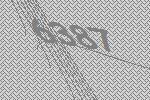
6387